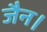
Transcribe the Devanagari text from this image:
जैन।